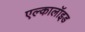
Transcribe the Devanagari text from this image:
एल्कालॉइड